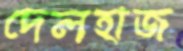
দেলহাজ